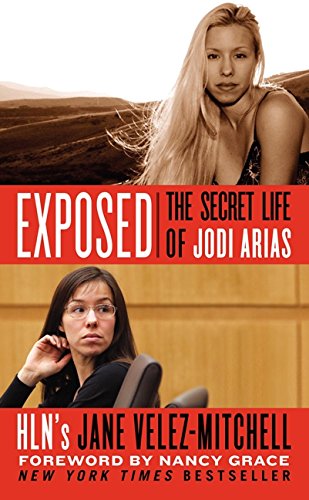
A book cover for Exposed: The Secret Life of Jodi Arias; Jane Velez-Mitchell; Medical Books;